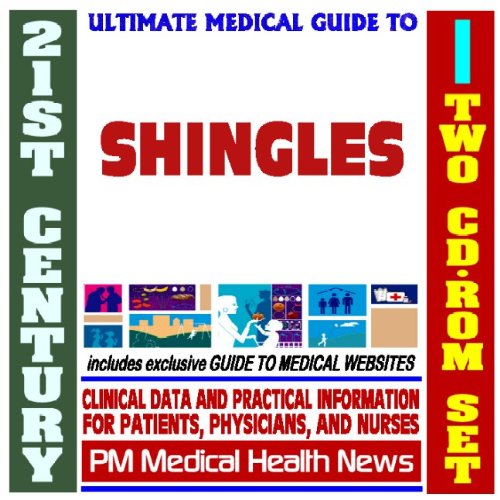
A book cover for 21st Century Ultimate Medical Guide to Shingles (Herpes Zoster) - Authoritative Clinical Information for Physicians and Patients (Two CD-ROM Set); PM Medical Health News; Health, Fitness & Dieting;